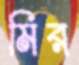
মির